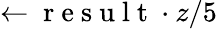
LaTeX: \leftarrow\mathrm{~r~e~s~u~l~t~}\cdot z/5